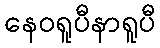
နေဝရူပီနာရူပီ